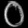
Digit: ၀